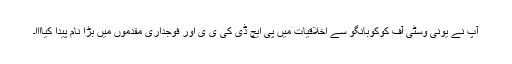
آپ نے یونی وسٹی آف کوکوبانگو سے اخلاقیات میں پی ایچ ڈی کی ی ی اور فوجداری مقدموں میں بڑا نام پیدا کیاااا۔